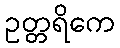
ဥတ္တရိကေ